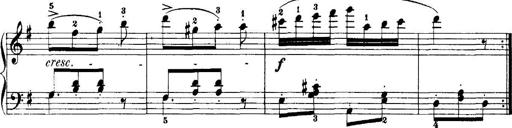
Title: 7 Sonatinas
Composer: Anton Diabelli